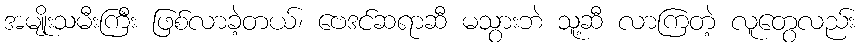
အမျိုးသမီးကြီး ဖြစ်လာခဲ့တယ်၊ ဗေဒင်ဆရာဆီ မသွားဘဲ သူ့ဆီ လာကြတဲ့ လူတွေလည်း